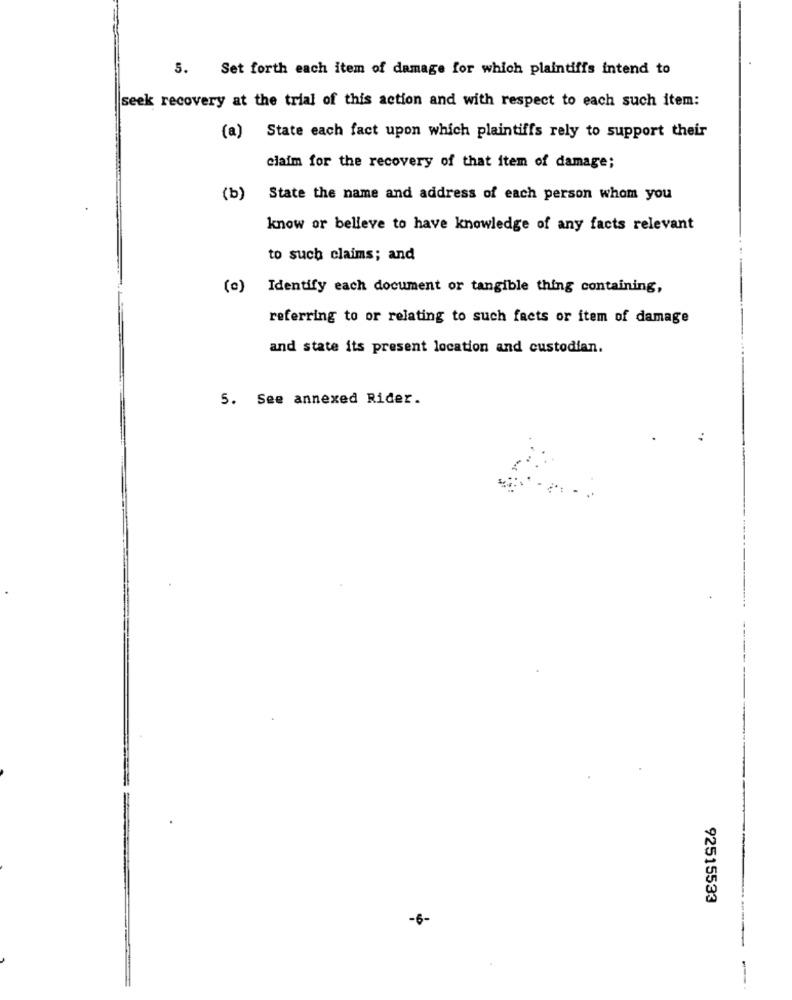
5. Set forth each item of damage for which plaintiffs intend to
seek recovery at the trial of this action and with respect to each such item:
(a) State each fact upon which plaintiffs rely to support their
claim for the recovery of that item of damage;
(b) State the name and address of each person whom you
know or belleve to have knowledge of any facts relevant
to such claims; and
(0)
Identify each document or tangible thing containing,
referring to or relating to such facts or item of damage
and state its present location and custodian.
5. See annexed Rider.
92515533
-6-